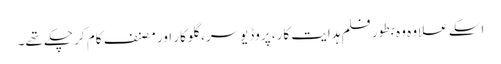
اسکے علاوہ وہ بطور فلم ہدایت کار، پروڈیوسر، گلوکار اور مصنف کام کر چکے تھے۔